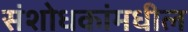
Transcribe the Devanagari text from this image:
संशोधकांमधील